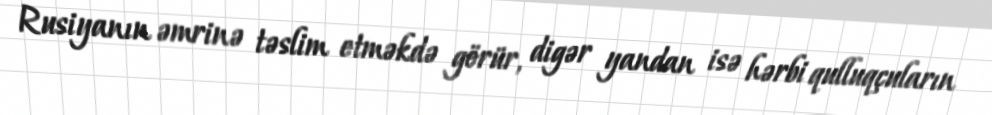
Rusiyanın əmrinə təslim etməkdə görür, digər yandan isə hərbi qulluqçuların